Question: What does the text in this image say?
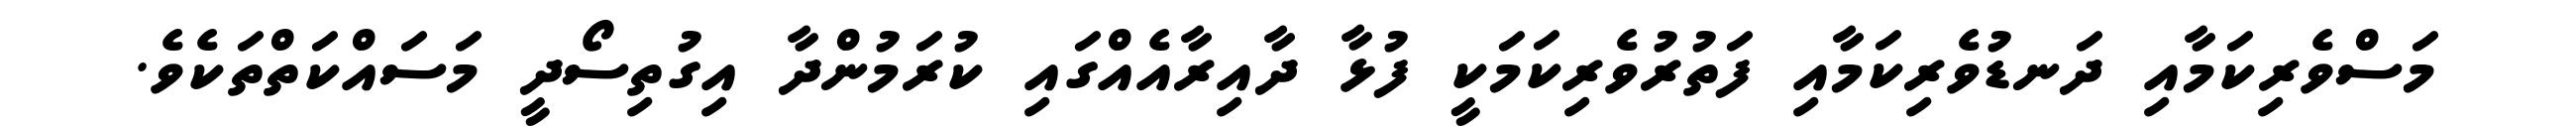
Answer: މަސްވެރިކަމާއި ދަނޑުވެރިކަމާއި ފަތުރުވެރިކަމަކީ ފުޅާ ދާއިރާއެއްގައި ކުރަމުންދާ އިގުތިސޯދީ މަސައްކަތްތަކެވެ.